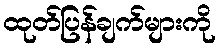
ထုတ်ပြန်ချက်များကို